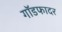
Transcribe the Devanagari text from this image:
गाॅडफादर